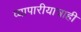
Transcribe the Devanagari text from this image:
व्यापारीयात्राही